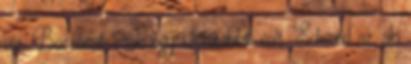
vár. Bocsánat, csak egy szófordulat volt. Edward az, aki